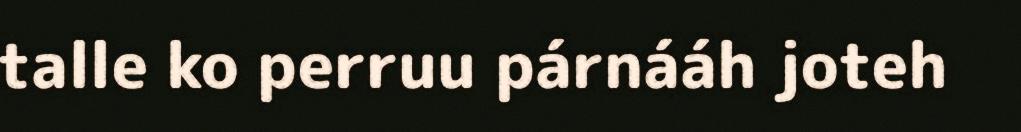
talle ko perruu párnááh joteh